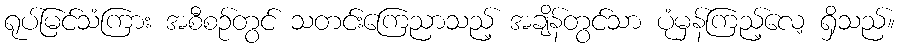
ရုပ်မြင်သံကြား အစီစဉ်တွင် သတင်းကြေညာသည့် အချိန်တွင်သာ ပုံမှန်ကြည့်လေ့ ရှိသည်။